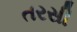
તરસી